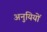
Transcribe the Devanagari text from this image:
अनुयियों